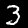
Digit: 3